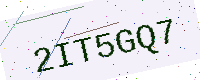
Text: 2IT5GQ7